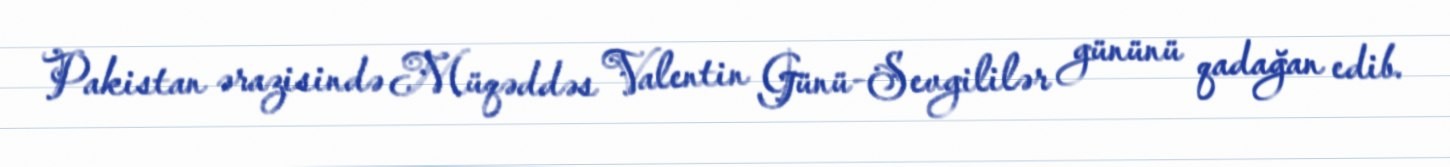
Pakistan ərazisində Müqəddəs Valentin Günü-Sevgililər gününü qadağan edib.